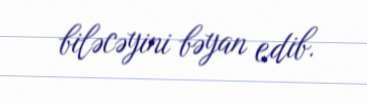
biləcəyini bəyan edib.